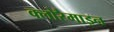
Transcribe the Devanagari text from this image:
क्लोरैमाइन